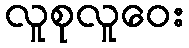
လူစုလူဝေး